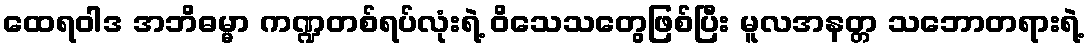
ထေရဝါဒ အဘိဓမ္မာ ကဏ္ဍတစ်ရပ်လုံးရဲ့ ဝိသေသတွေဖြစ်ပြီး မူလအနတ္တ သဘောတရားရဲ့